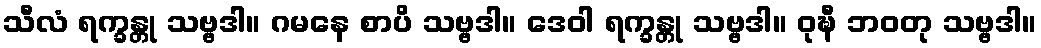
သီလံ ရက္ခန္တု သဗ္ဗဒါ။ ဂမနေ စာပိ သဗ္ဗဒါ။ ဒေဝါ ရက္ခန္တု သဗ္ဗဒါ။ ဝုဍ္ဎီ ဘဝတု သဗ္ဗဒါ။